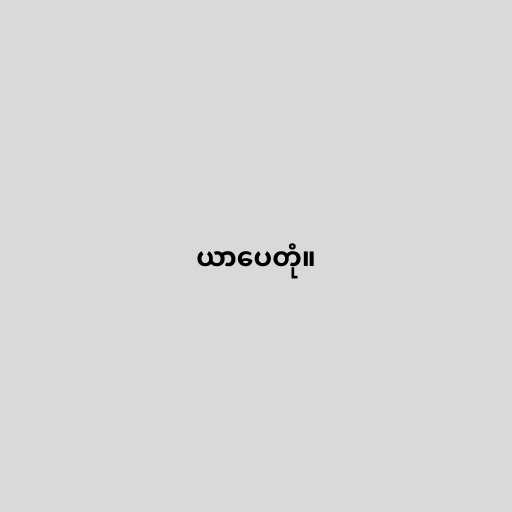
ယာပေတုံ။